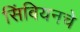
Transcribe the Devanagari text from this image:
सिंबियनचे